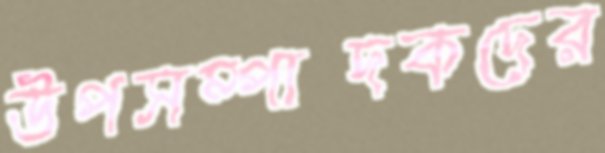
উপসম্পাদকদের